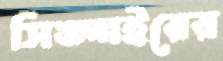
সিঙ্গাইরের